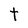
Character: t